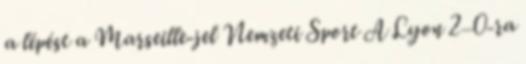
a lépést a Marseille-jel Nemzeti Sport A Lyon 2–0-ra